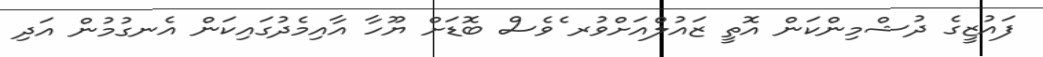
ފައުޒީގެ ދުޝްމިންކަން އޮތީ ޒައުލްއަށްވުރ ެވެސް ބޮޑަށް ޔޫހާ އާއިމެދުގައިކަން އެނގުމުން އަދި